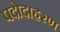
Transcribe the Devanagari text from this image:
पदोदाहरण